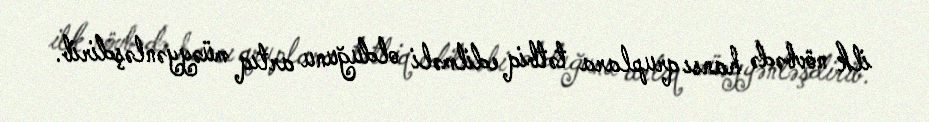
ilk növbədə hansı qruplara tətbiq edilməli olduğunu artıq müəyyənləşdirib.